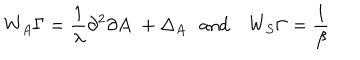
W _ { A } \Gamma = \frac { 1 } { \lambda } \partial ^ { 2 } \partial A \, \, + \Delta _ { A } \, \, \, \, \mathrm { \mathrm { a n d } } \, \, \, \, \, \, W _ { S } \Gamma = \frac { 1 } { \beta }